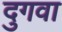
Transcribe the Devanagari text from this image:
दुगवा